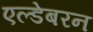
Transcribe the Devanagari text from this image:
एल्डेबरन